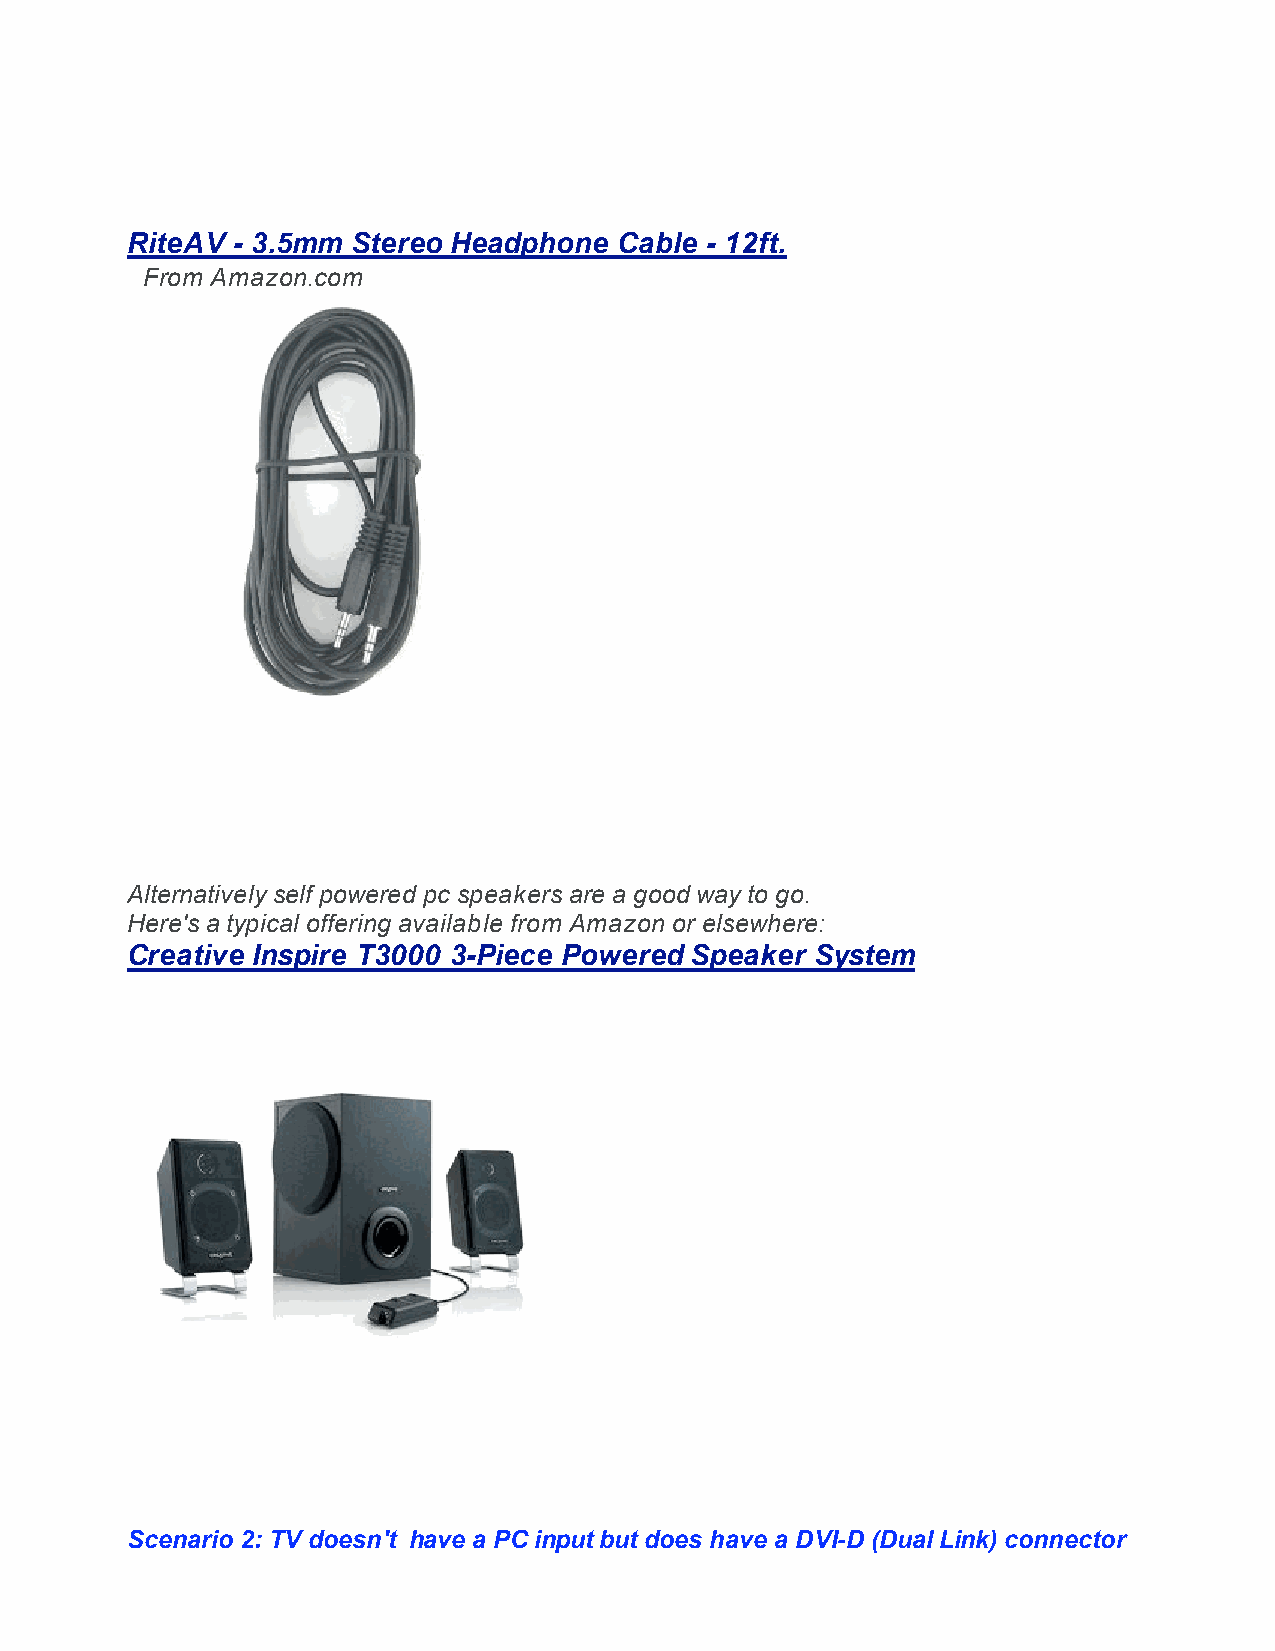
RiteAV - 3.5mm Stereo Headphone  Cable - 12ft.
 From Amazon.com
 Alternatively self powered pc speakers are a good way to go.
 Here's a typical offering available from Amazon or elsewhere:
 Creative Inspire T3000 3-Piece Powered Speaker System
 Scenario 2: TV doesn't have a PC input but does have a DVI-D (Dual Link) connector